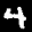
Label: 4